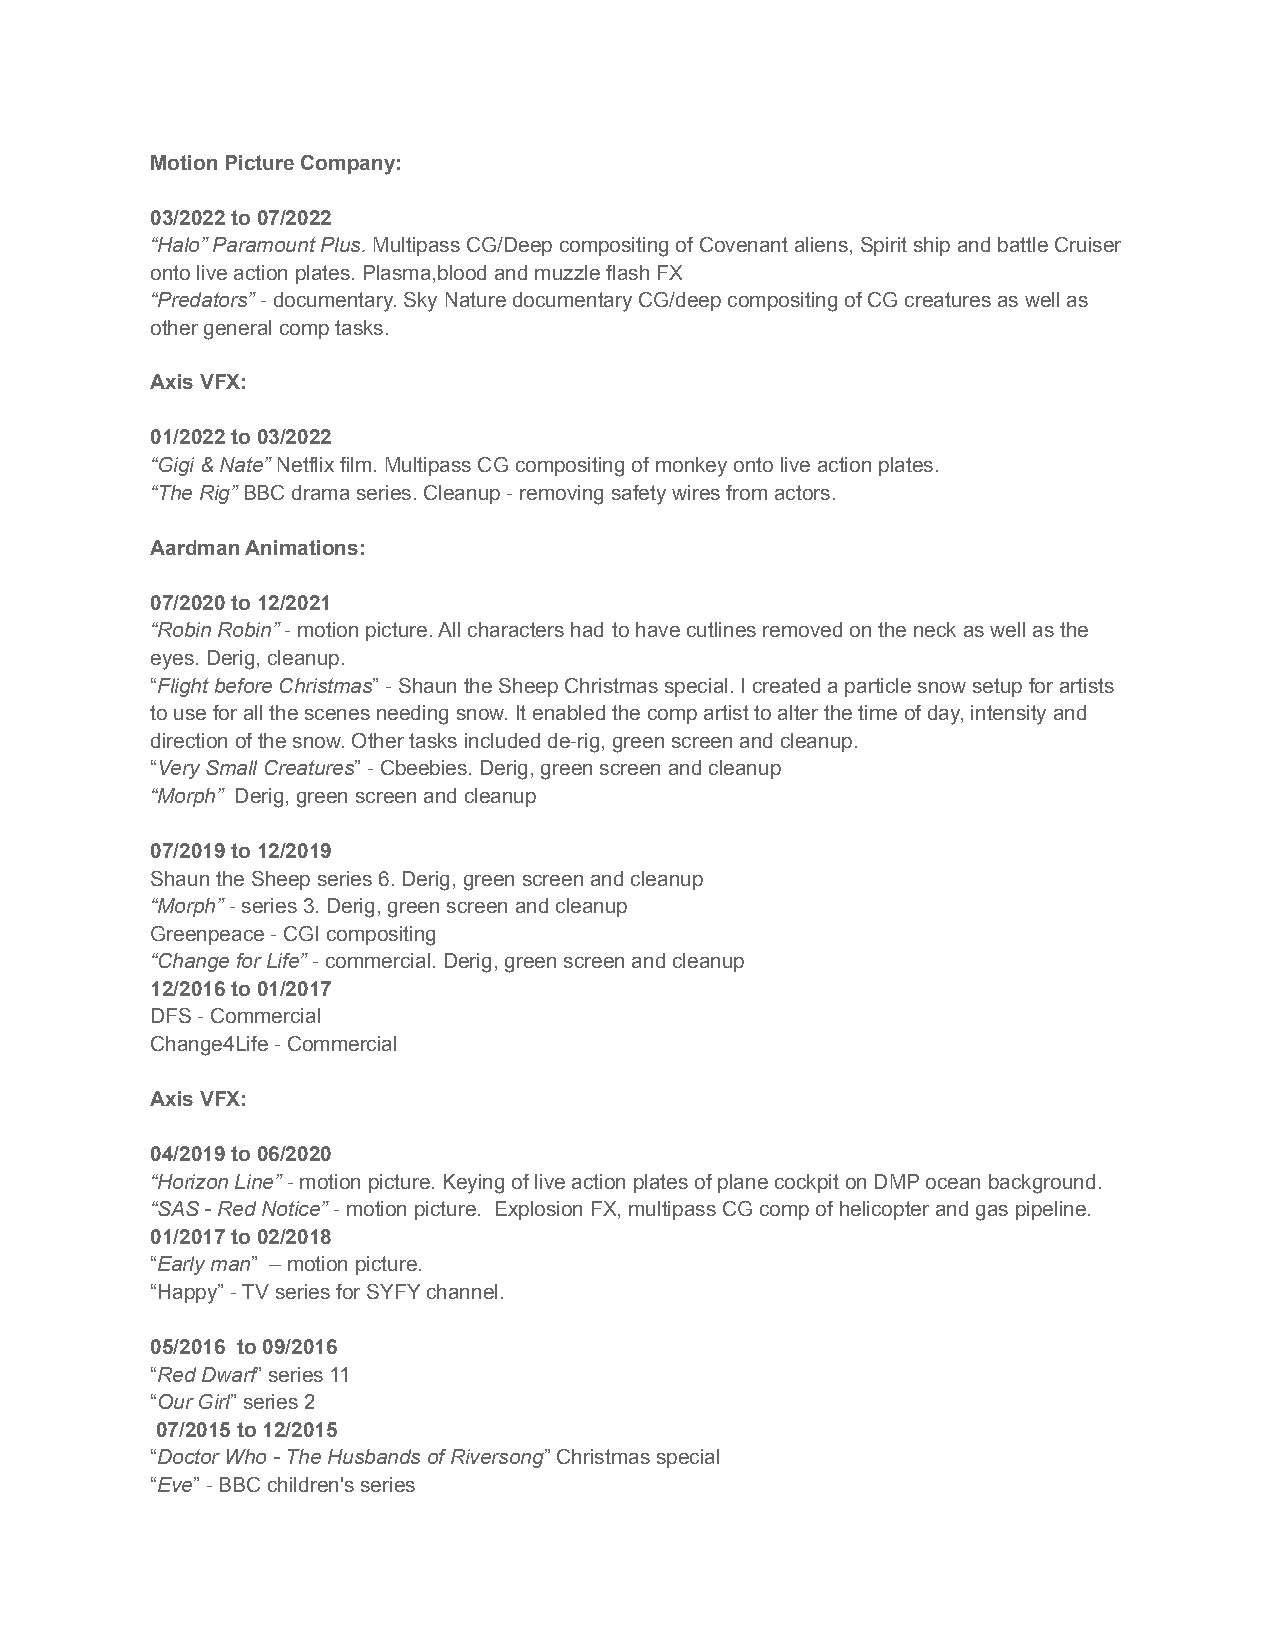
Motion Picture Company:
 03/2022 to 07/2022
 “Halo” Paramount Plus.Multipass CG/Deep compositingof Covenant aliens, Spirit ship and battle Cruiser
 onto live action plates. Plasma,blood and muzzle flash FX
 “Predators”- documentary. Sky Nature documentaryCG/deep compositing of CG creatures as well as
 other general comp tasks.
 Axis VFX:
 01/2022 to 03/2022
 “Gigi & Nate”Netflix film. Multipass CG compositingof monkey onto live action plates.
 “The Rig”BBC drama series. Cleanup - removing safetywires from actors.
 Aardman Animations:
 07/2020 to 12/2021
 “Robin Robin”- motion picture. All characters had to have cutlines removed on the neck as well as the
 eyes. Derig, cleanup.
 “Flight before Christmas” - Shaun the Sheep Christmasspecial. I created a particle snow setup for artists
 to use for all the scenes needing snow. It enabled the comp artist to alter the time of day, intensity and
 direction of the snow. Other tasks included de-rig, green screen and cleanup.
 “Very Small Creatures” - Cbeebies. Derig, green screenand cleanup
 “Morph” Derig, green screen and cleanup
 07/2019 to 12/2019
 Shaun the Sheep series 6. Derig, green screen and cleanup
 “Morph”- series 3. Derig, green screen and cleanup
 Greenpeace - CGI compositing
 “Change for Life”- commercial. Derig, green screenand cleanup
 12/2016 to 01/2017
 DFS - Commercial
 Change4Life - Commercial
 Axis VFX:
 04/2019 to 06/2020
 “Horizon Line”- motion picture. Keying of live actionplates of plane cockpit on DMP ocean background.
 “SAS - Red Notice”- motion picture. Explosion FX,multipass CG comp of helicopter and gas pipeline.
 01/2017 to 02/2018
 “Early man” – motion picture.
 “Happy” - TV series for SYFY channel.
 05/2016 to 09/2016
 “Red Dwarf” series 11
 “Our Girl” series 2
 07/2015 to 12/2015
 “Doctor Who - The Husbands of Riversong” Christmasspecial
 “Eve” - BBC children's series